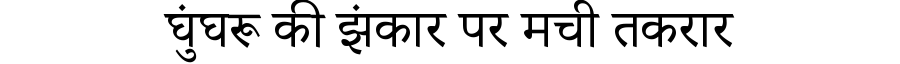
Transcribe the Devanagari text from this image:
घुंघरू की झंकार पर मची तकरार